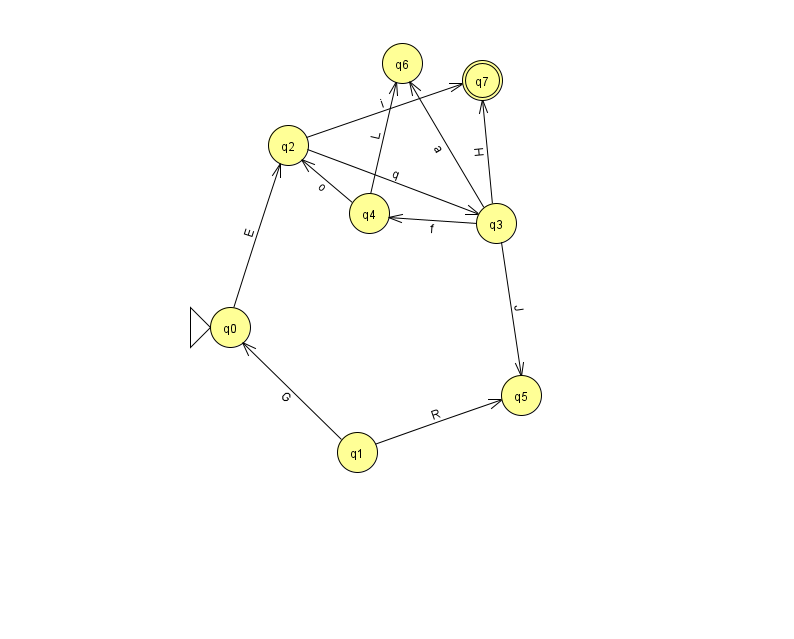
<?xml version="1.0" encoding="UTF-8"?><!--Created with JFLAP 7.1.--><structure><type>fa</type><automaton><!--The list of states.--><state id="0" name="q0"><x>230.0</x><y>314.0</y><initial/></state><state id="1" name="q1"><x>357.0</x><y>439.0</y></state><state id="2" name="q2"><x>288.0</x><y>132.0</y></state><state id="3" name="q3"><x>496.0</x><y>210.0</y></state><state id="4" name="q4"><x>369.0</x><y>200.0</y></state><state id="5" name="q5"><x>521.0</x><y>382.0</y></state><state id="6" name="q6"><x>402.0</x><y>50.0</y></state><state id="7" name="q7"><x>482.0</x><y>67.0</y><final/></state><!--The list of transitions.--><transition><from>4</from><to>2</to><read>o</read></transition><transition><from>3</from><to>5</to><read>J</read></transition><transition><from>0</from><to>2</to><read>E</read></transition><transition><from>2</from><to>3</to><read>q</read></transition><transition><from>1</from><to>0</to><read>G</read></transition><transition><from>2</from><to>7</to><read>i</read></transition><transition><from>3</from><to>6</to><read>a</read></transition><transition><from>4</from><to>6</to><read>L</read></transition><transition><from>3</from><to>7</to><read>H</read></transition><transition><from>3</from><to>4</to><read>f</read></transition><transition><from>1</from><to>5</to><read>R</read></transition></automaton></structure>